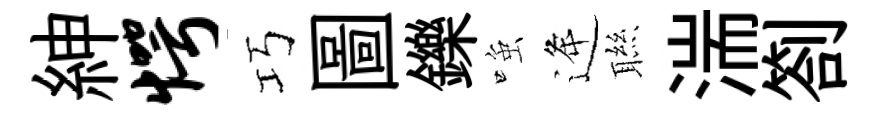
紳愕巧圖鑠𫪻逄聮湍劄